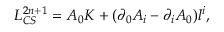
{ \cal L } _ { C S } ^ { 2 n + 1 } = A _ { 0 } K + ( \partial _ { 0 } A _ { i } - \partial _ { i } A _ { 0 } ) l ^ { i } ,